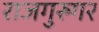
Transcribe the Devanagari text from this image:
राजगुरुगर